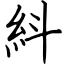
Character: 紏